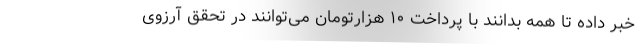
خبر داده تا همه بدانند با پرداخت ۱۰ هزارتومان می‌توانند در تحقق آرزوی